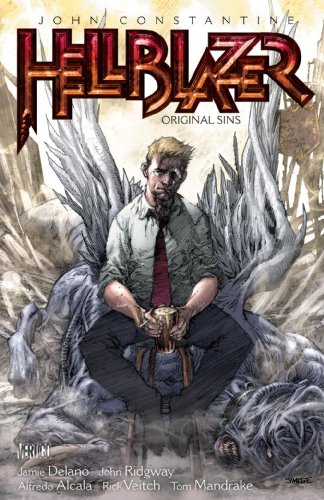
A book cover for John Constantine, Hellblazer, Vol. 1: Original Sins; Jamie Delano; Comics & Graphic Novels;